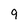
Character: 9